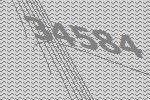
34584